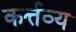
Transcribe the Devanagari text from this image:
कर्त्तव्‍य